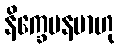
နိက္ခေပနမာဟု